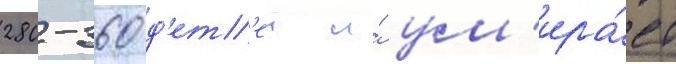
280-360 д'ет'еи и́ ум'ира́ет